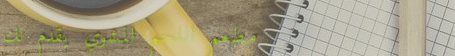
مطعم اللحم المشوي يقدم لك